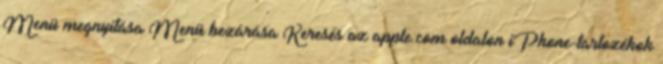
Menü megnyitása Menü bezárása Keresés az apple.com oldalon iPhone-tartozékok